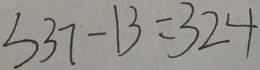
3 3 7 - 1 3 = 3 2 4